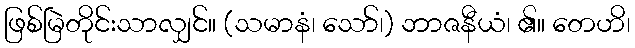
ဖြစ်မြဲတိုင်းသာလျှင်။ (သမာနံ၊ သော်၊) ဘာဇနီယံ၊ ၏။ တေဟိ၊